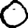
Digit: 0